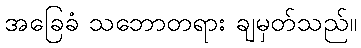
အခြေခံ သဘောတရား ချမှတ်သည်။